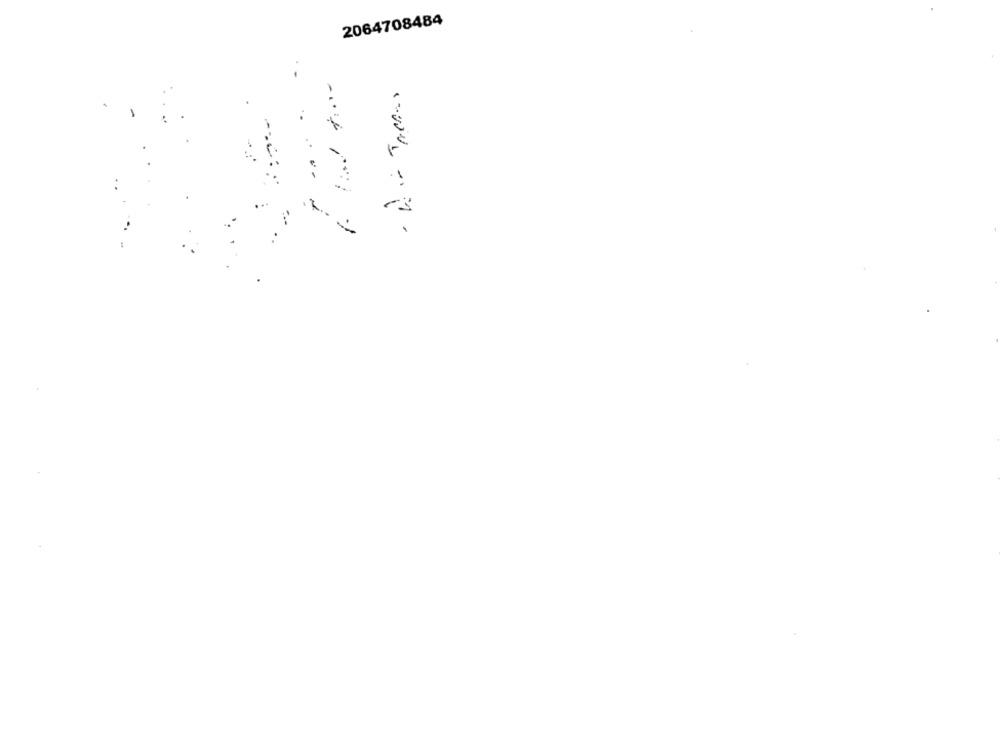
2064708484